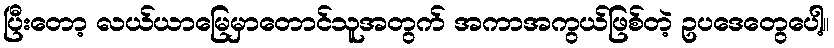
ပြီးတော့ လယ်ယာမြေမှာတောင်သူအတွက် အကာအကွယ်ဖြစ်တဲ့ ဥပဒေတွေပေါ့။